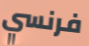
فرنسي